Vaccination North-Western Provinces 1866-1877 - 1866-1877
Year: 1866
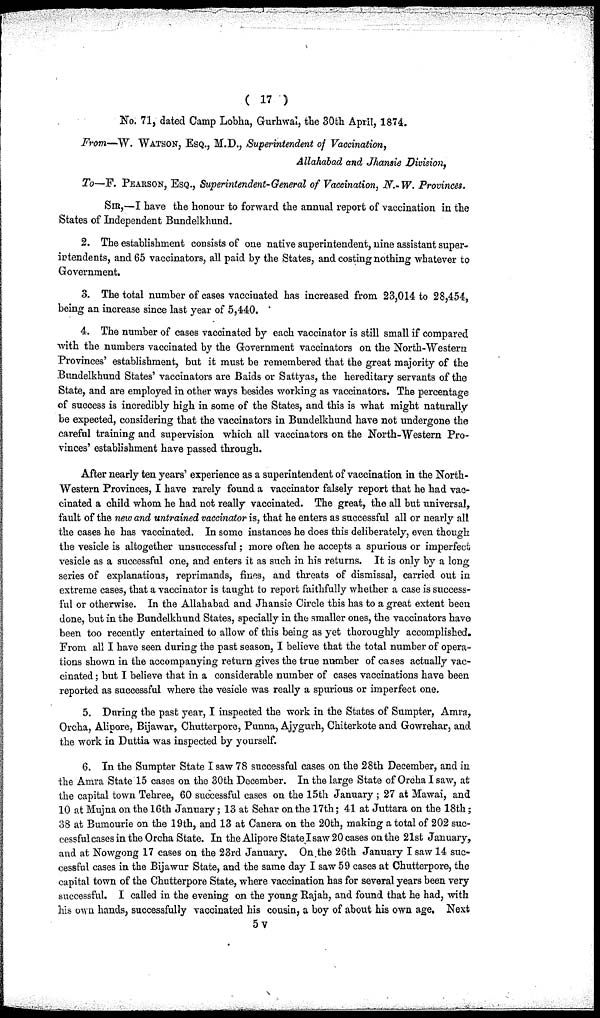
( 17 )
No. 71, dated Camp Lobha, Gurhwal, the 30th April, 1874.
From—W. WATSON, ESQ., M.D., Superintendent of Vaccination,
Allahabad and Jhansie Division,
To—F. PEARSON, ESQ., Superintendent-General of Vaccination, N.-W. Provinces.
SIR,—I have the honour to forward the annual report of vaccination in the
States of Independent Bundelkhund.
2. The establishment consists of one native superintendent, nine assistant super-
intendents, and 65 vaccinators, all paid by the States, and costing nothing whatever to
Government.
3. The total number of cases vaccinated has increased from 23,014 to 28,454,
being an increase since last year of 5,440.
4. The number of cases vaccinated by each vaccinator is still small if compared
with the numbers vaccinated by the Government vaccinators on the North-Western
Provinces' establishment, but it must be remembered that the great majority of the
Bundelkhund States' vaccinators are Baids or Sattyas, the hereditary servants of the
State, and are employed in other ways besides working as vaccinators. The percentage
of success is incredibly high in some of the States, and this is what might naturally
be expected, considering that the vaccinators in Bundelkhund have not undergone the
careful training and supervision which all vaccinators on the North-Western Pro-
vinces' establishment have passed through.
After nearly ten years' experience as a superintendent of vaccination in the North-
-estern Provinces, I have rarely found a vaccinator falsely report that he had vac-
cinated a child whom he had not really vaccinated. The great, the all but universal,
fault of the new and untrained vaccinator is, that he enters as successful all or nearly all
the cases he has vaccinated. In some instances he does this deliberately, even though
the vesicle is altogether unsuccessful; more often he accepts a spurious or imperfect
vesicle as a successful one, and enters it as such in his returns. It is only by a long
series of explanations, reprimands, fines, and threats of dismissal, carried out in
extreme cases, that a vaccinator is taught to report faithfully whether a case is success-
ful or otherwise. In the Allahabad and Jhansie Circle this has to a great extent been
done, but in the Bundelkhund States, specially in the smaller ones, the vaccinators have
been too recently entertained to allow of this being as yet thoroughly accomplished.
From all I have seen during the past season, I believe that the total number of opera-
tions shown in the accompanying return gives the true number of cases actually vac-
cinated ; but I believe that in a considerable number of cases vaccinations have been
reported as successful where the vesicle was really a spurious or imperfect one.
5. During the past year, I inspected the work in the States of Sumpter, Amra,
Orcha, Alipore, Bijawar, Chutterpore, Punna, Ajygurh, Chiterkote and Gowrehar, and
the work in Duttia was inspected by yourself.
6. In the Sumpter State I saw 78 successful cases on the 28th December, and in
the Amra State 15 cases on the 30th December. In the large State of Orcha I saw, at
the capital town Tehree, 60 successful cases on the 15th January ; 27 at Mawai, and
10 at Mujna on the 16th January; 13 at Sehar on the 17th; 41 at Juttara on the 18th;
38 at Bumourie on the 19th, and 13 at Canera on the 20th, making a total of 202 suc-
cessful cases in the Orcha State. In the Alipore State I saw 20 cases on the 21st January,
and at Nowgong 17 cases on the 23rd January. On the 26th January I saw 14 suc-
cessful cases in the Bijawur State, and the same day I saw 59 cases at Chutterpore, the
capital town of the Chutterpore State, where vaccination has for several years been very
successful. I called in the evening on the young Rajah, and found that he had, with
his own hands, successfully vaccinated his cousin, a boy of about his own age. Next
5v